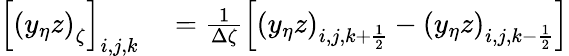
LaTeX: \begin{array}{rl}{\left[\left(y_{\eta}z\right)_{\zeta}\right]_{i,j,k}}&{{}=\frac{1}{\Delta\zeta}\left[\left(y_{\eta}z\right)_{i,j,k+\frac{1}{2}}-\left(y_{\eta}z\right)_{i,j,k-\frac{1}{2}}\right]}\end{array}